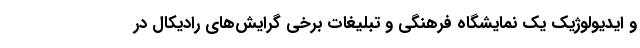
و ایدیولوژیک یک نمایشگاه فرهنگی و تبلیغات برخی گرایش‌های رادیکال در